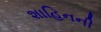
શાહિનની